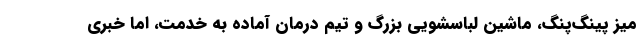
میز پینگ‌پنگ، ماشین لباسشویی بزرگ و تیم درمان آماده به خدمت، اما خبری